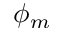
\phi _ { m }